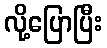
လို့ပြောပြီး